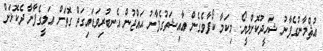
ޢުޘްމާނުގެފާނު ޝަހީދުކޮށްލީޔޯ. މިކަމާ ކޯފާވެގެން ޢާއިޝަތުގެފާނު ޙައްޖުން އެނބުރިވަޑައިގަތް ގޮތަށް ޢަލީގެފާނާ ދެކޮޅަށް